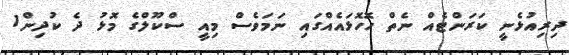
ދިރިއުޅެނީ ކަރަންޓެއް ނެތް ހޮހޮޅައެއްގައި ނަމަވެސް މިއީ ސްކޫލްގެ މޮޅު ދެ ކުދިން1